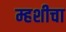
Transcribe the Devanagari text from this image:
म्हशीचा